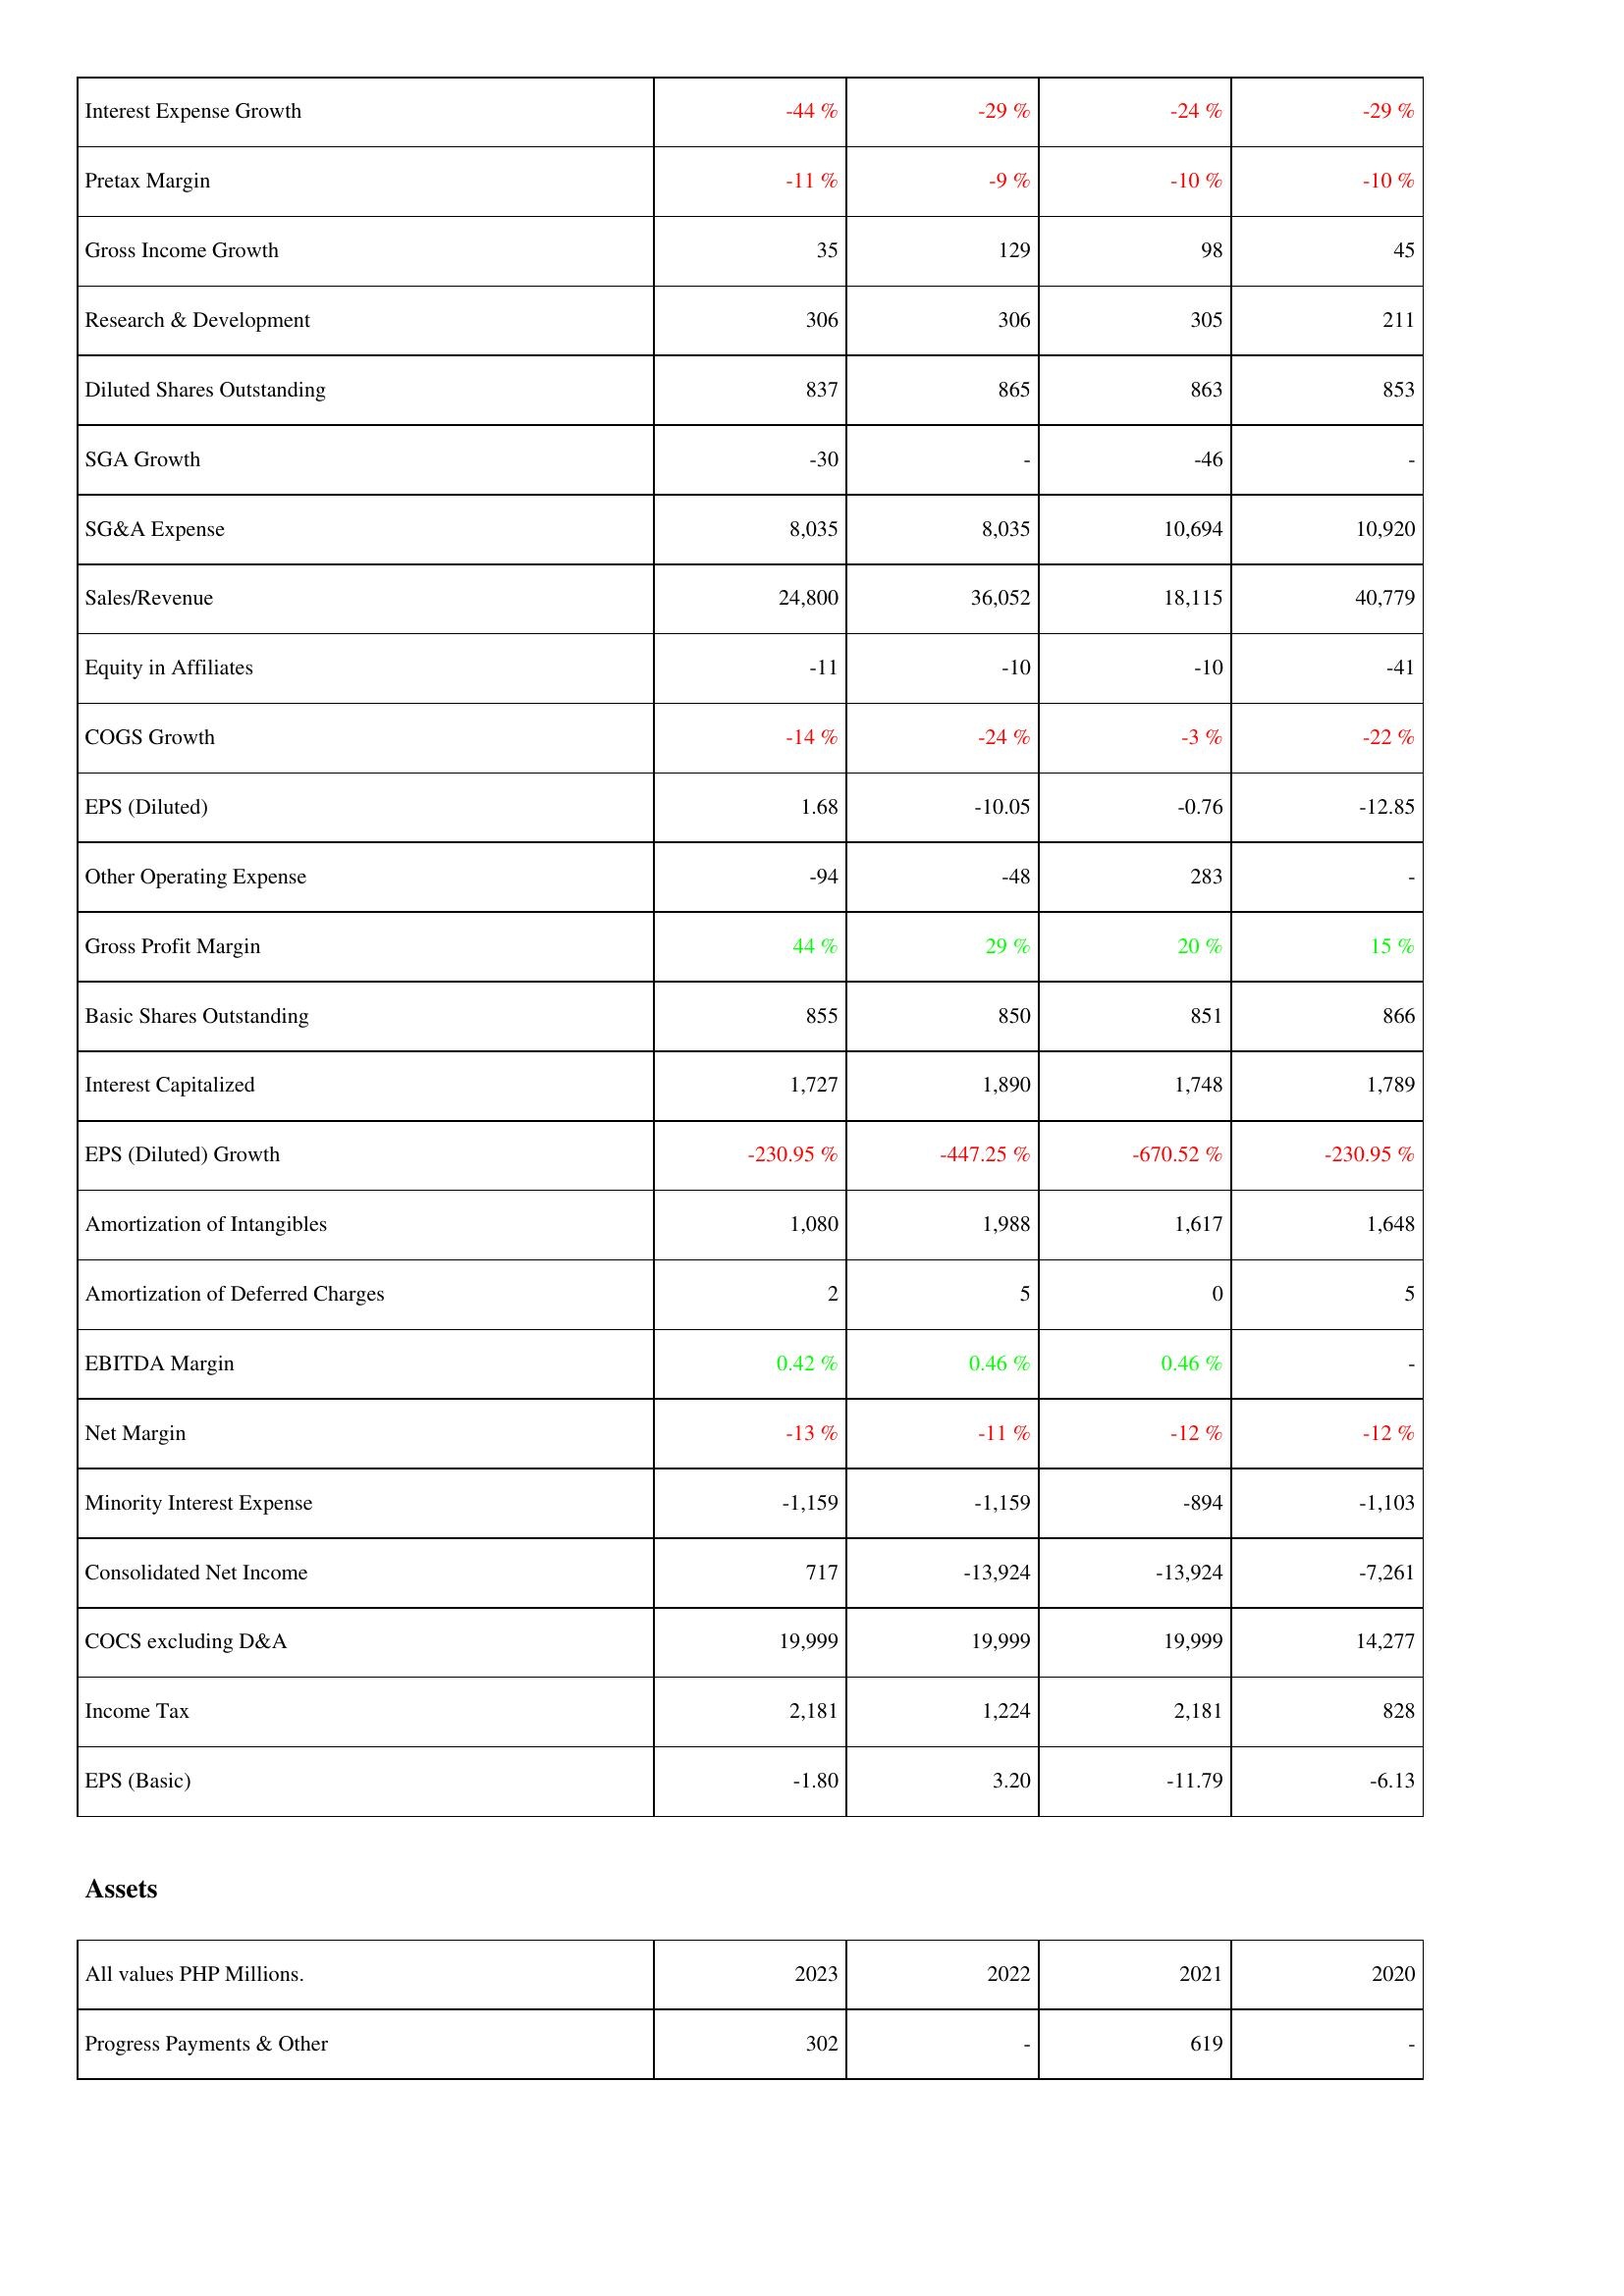
2023: Income Statement: Interest Expense Growth: -44 %
Pretax Margin: -11 %
Gross Income Growth: 35
Research & Development: 306
Diluted Shares Outstanding: 837
SGA Growth: -30
SG&A Expense: 8,035
Sales/Revenue: 24,800
Equity in Affiliates: -11
COGS Growth: -14 %
EPS (Diluted): 1.68
Other Operating Expense: -94
Gross Profit Margin: 44 %
Basic Shares Outstanding: 855
Interest Capitalized: 1,727
EPS (Diluted) Growth: -230.95 %
Amortization of Intangibles: 1,080
Amortization of Deferred Charges: 2
EBITDA Margin: 0.42 %
Net Margin: -13 %
Minority Interest Expense: -1,159
Consolidated Net Income: 717
COCS excluding D&A: 19,999
Income Tax: 2,181
EPS (Basic): -1.80
Assets: Progress Payments & Other: 302
2022: Income Statement: Interest Expense Growth: -29 %
Pretax Margin: -9 %
Gross Income Growth: 129
Research & Development: 306
Diluted Shares Outstanding: 865
SGA Growth: -
SG&A Expense: 8,035
Sales/Revenue: 36,052
Equity in Affiliates: -10
COGS Growth: -24 %
EPS (Diluted): -10.05
Other Operating Expense: -48
Gross Profit Margin: 29 %
Basic Shares Outstanding: 850
Interest Capitalized: 1,890
EPS (Diluted) Growth: -447.25 %
Amortization of Intangibles: 1,988
Amortization of Deferred Charges: 5
EBITDA Margin: 0.46 %
Net Margin: -11 %
Minority Interest Expense: -1,159
Consolidated Net Income: -13,924
COCS excluding D&A: 19,999
Income Tax: 1,224
EPS (Basic): 3.20
Assets: Progress Payments & Other: -
2021: Income Statement: Interest Expense Growth: -24 %
Pretax Margin: -10 %
Gross Income Growth: 98
Research & Development: 305
Diluted Shares Outstanding: 863
SGA Growth: -46
SG&A Expense: 10,694
Sales/Revenue: 18,115
Equity in Affiliates: -10
COGS Growth: -3 %
EPS (Diluted): -0.76
Other Operating Expense: 283
Gross Profit Margin: 20 %
Basic Shares Outstanding: 851
Interest Capitalized: 1,748
EPS (Diluted) Growth: -670.52 %
Amortization of Intangibles: 1,617
Amortization of Deferred Charges: 0
EBITDA Margin: 0.46 %
Net Margin: -12 %
Minority Interest Expense: -894
Consolidated Net Income: -13,924
COCS excluding D&A: 19,999
Income Tax: 2,181
EPS (Basic): -11.79
Assets: Progress Payments & Other: 619
2020: Income Statement: Interest Expense Growth: -29 %
Pretax Margin: -10 %
Gross Income Growth: 45
Research & Development: 211
Diluted Shares Outstanding: 853
SGA Growth: -
SG&A Expense: 10,920
Sales/Revenue: 40,779
Equity in Affiliates: -41
COGS Growth: -22 %
EPS (Diluted): -12.85
Other Operating Expense: -
Gross Profit Margin: 15 %
Basic Shares Outstanding: 866
Interest Capitalized: 1,789
EPS (Diluted) Growth: -230.95 %
Amortization of Intangibles: 1,648
Amortization of Deferred Charges: 5
EBITDA Margin: -
Net Margin: -12 %
Minority Interest Expense: -1,103
Consolidated Net Income: -7,261
COCS excluding D&A: 14,277
Income Tax: 828
EPS (Basic): -6.13
Assets: Progress Payments & Other: -